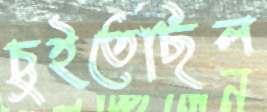
চুইতেছিল